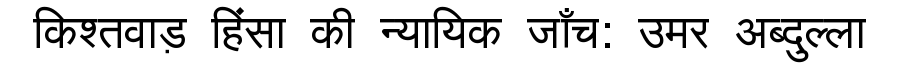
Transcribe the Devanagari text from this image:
किश्तवाड़ हिंसा की न्यायिक जाँच: उमर अब्दुल्ला